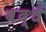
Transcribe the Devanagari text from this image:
बद्धं